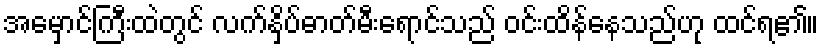
အမှောင်ကြီးထဲတွင် လက်နှိပ်ဓာတ်မီးရောင်သည် ဝင်းထိန်နေသည်ဟု ထင်ရ၏။